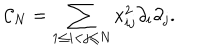
{ \cal C } _ { N } = \sum _ { 1 \leq i < j \leq N } x _ { i j } ^ { 2 } \partial _ { i } \partial _ { j } .